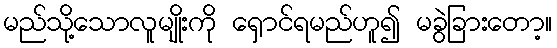
မည်သို့သောလူမျိုးကို ရှောင်ရမည်ဟူ၍ မခွဲခြားတော့။